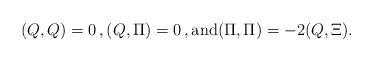
LaTeX: \begin{align*}(Q,Q) = 0\,, (Q,\Pi)=0\,, \mbox{and}(\Pi,\Pi) = -2(Q,\Xi).\end{align*}